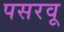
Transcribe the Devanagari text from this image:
पसरवू